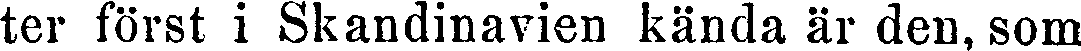
ter först i Skandinavien kända är den, som